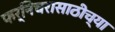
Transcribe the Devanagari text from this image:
फर्निचरासाठीच्या